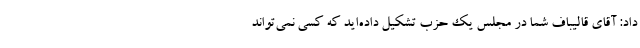
داد: آقای قالیباف شما در مجلس یک حزب تشکیل داده‌اید که کسی نمی‌تواند